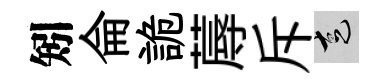
矧侖詭蓐斥走